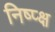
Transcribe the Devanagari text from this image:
निष्प्क्ष